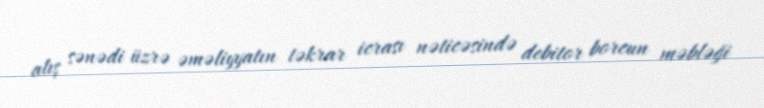
alış sənədi üzrə əməliyyatın təkrar icrası nəticəsində debitor borcun məbləği